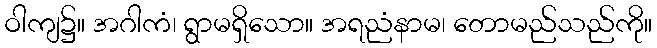
ဝါကျ၌။ အဂါကံ၊ ရွာမရှိသော။ အရညံနာမ၊ တောမည်သည်ကို။